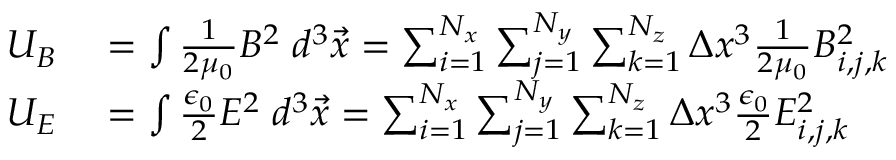
\begin{array} { r l } { U _ { B } } & { { } = \int \frac { 1 } { 2 \mu _ { 0 } } B ^ { 2 } \; d ^ { 3 } \vec { x } = \sum _ { i = 1 } ^ { N _ { x } } \sum _ { j = 1 } ^ { N _ { y } } \sum _ { k = 1 } ^ { N _ { z } } \Delta x ^ { 3 } \frac { 1 } { 2 \mu _ { 0 } } B _ { i , j , k } ^ { 2 } } \\ { U _ { E } } & { { } = \int \frac { \epsilon _ { 0 } } { 2 } E ^ { 2 } \; d ^ { 3 } \vec { x } = \sum _ { i = 1 } ^ { N _ { x } } \sum _ { j = 1 } ^ { N _ { y } } \sum _ { k = 1 } ^ { N _ { z } } \Delta x ^ { 3 } \frac { \epsilon _ { 0 } } { 2 } E _ { i , j , k } ^ { 2 } } \end{array}